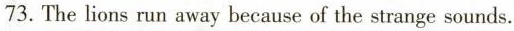
73. The lions run away because of the strange sounds.